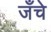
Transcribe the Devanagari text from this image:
जँचे